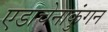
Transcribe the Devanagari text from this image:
एडाचेनाकुंगन